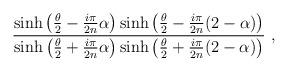
LaTeX: \begin{align*}{\sinh\left({\theta\over2}-{i\pi\over2 n}\alpha\right)\sinh\left({\theta\over2}-{i\pi\over2 n}(2-\alpha)\right)\over\sinh\left({\theta\over2}+{i\pi\over2 n}\alpha\right)\sinh\left({\theta\over2}+{i\pi\over2 n}(2-\alpha)\right)} \ ,\end{align*}